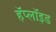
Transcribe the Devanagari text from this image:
हॅप्लॉइड